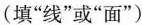
(填”线”或”面”)